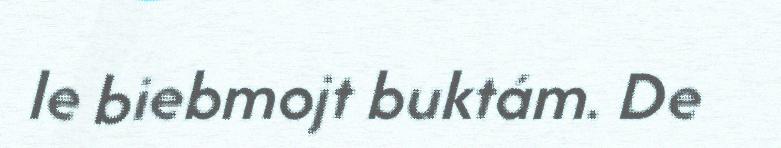
le biebmojt buktám. De